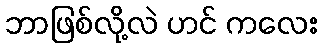
ဘာဖြစ်လို့လဲ ဟင် ကလေး